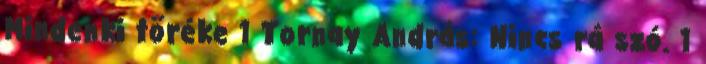
Mindenki töréke 1 Tornay András: Nincs rá szó. 1